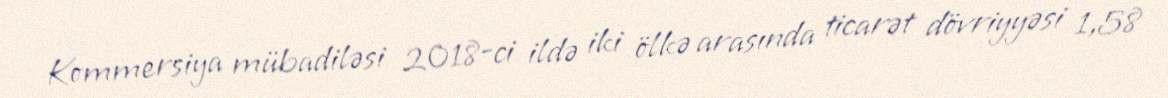
Kommersiya mübadiləsi 2018-ci ildə iki ölkə arasında ticarət dövriyyəsi 1,58